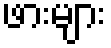
ဖားများ